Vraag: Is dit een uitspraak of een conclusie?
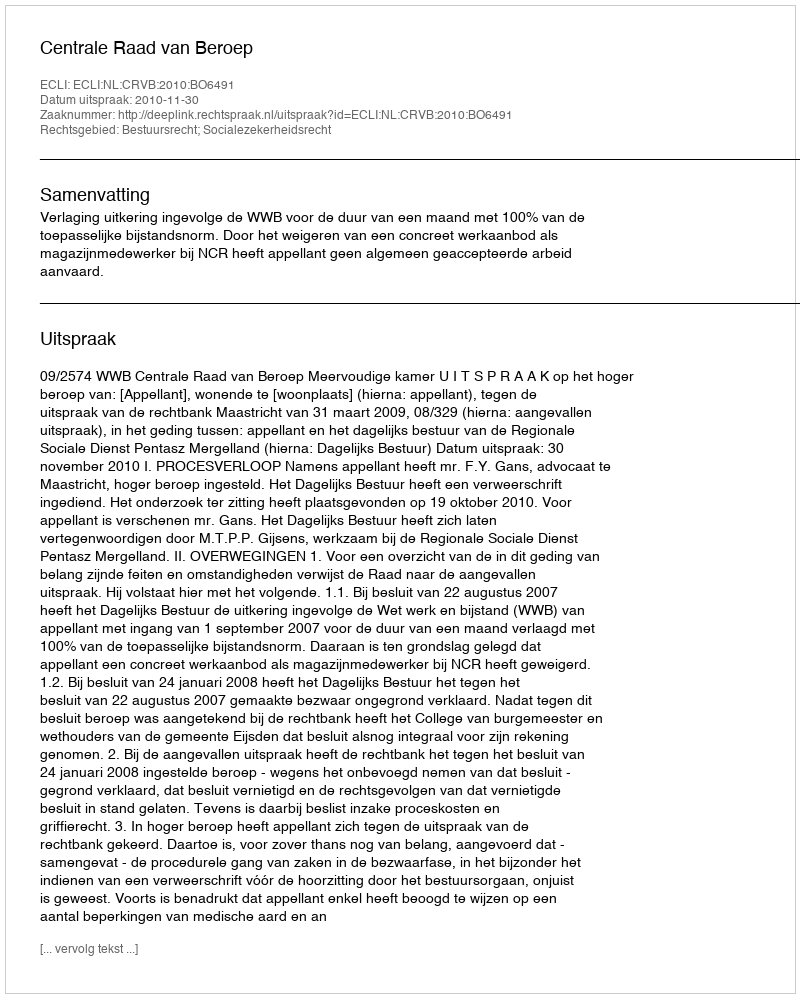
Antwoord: Uitspraak